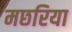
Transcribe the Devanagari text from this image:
मछरिया